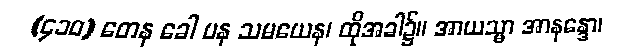
(၄၁၀) တေန ခေါ ပန သမယေန၊ ထိုအခါ၌။ အာယသ္မာ အာနန္ဒော၊